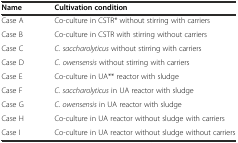
<table><thead><tr><td><b>Name</b></td><td><b>Cultivation condition</b></td></tr></thead><tbody><tr><td>Case A</td><td>Co-culture in CSTR* without stirring with carriers</td></tr><tr><td>Case B</td><td>Co-culture in CSTR with stirring without carriers</td></tr><tr><td>Case C</td><td><i>C. saccharolyticus</i> without stirring with carriers</td></tr><tr><td>Case D</td><td><i>C. owensensis</i> without stirring with carriers</td></tr><tr><td>Case E</td><td>Co-culture in UA** reactor with sludge</td></tr><tr><td>Case F</td><td><i>C. saccharolyticus</i> in UA reactor with sludge</td></tr><tr><td>Case G</td><td><i>C. owensensis</i> in UA reactor with sludge</td></tr><tr><td>Case H</td><td>Co-culture in UA reactor without sludge with carriers</td></tr><tr><td>Case I</td><td>Co-culture in UA reactor without sludge without carriers</td></tr></tbody></table>